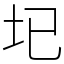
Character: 𡉏